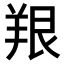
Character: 𫅔